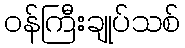
ဝန်ကြီးချုပ်သစ်